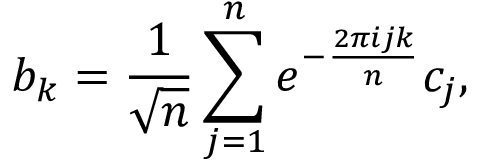
b _ { k } = \frac { 1 } { \sqrt { n } } \sum _ { j = 1 } ^ { n } e ^ { - \frac { 2 \pi i j k } { n } } c _ { j } ,